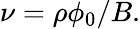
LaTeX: \nu=\rho\phi_{0}/B.